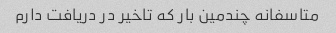
متاسفانه چندمین بار که تاخیر در دریافت دارم